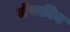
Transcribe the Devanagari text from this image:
नॅपकीन